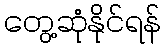
တွေ့ဆုံနိုင်ရန်